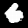
Label: 6